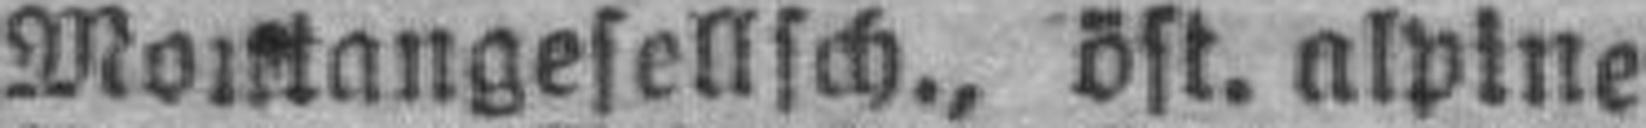
Montangesellsch., öst. alpine